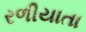
રળીયાતા